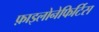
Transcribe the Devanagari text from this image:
फ़ाइलोनेफिर्टिस